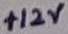
Text: +12V